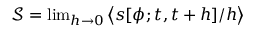
\begin{array} { r } { { { \mathcal { S } } } = \operatorname* { l i m } _ { h \to 0 } \left\langle { s } [ { \phi } ; t , t + h ] / { h } \right\rangle } \end{array}